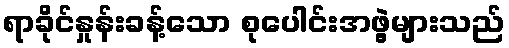
ရာခိုင်နှုန်းခန့်သော စုပေါင်းအဖွဲ့များသည်